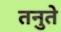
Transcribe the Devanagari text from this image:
तनुते